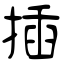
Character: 揷